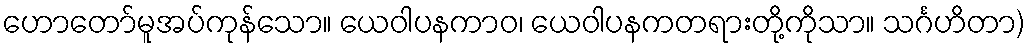
ဟောတော်မူအပ်ကုန်သော။ ယေဝါပနကာဝ၊ ယေဝါပနကတရားတို့ကိုသာ။ သင်္ဂဟိတာ)